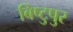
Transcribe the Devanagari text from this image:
बिष्टुपुर